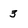
Character: 3